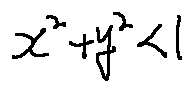
x ^ { 2 } + y ^ { 2 } < 1